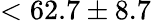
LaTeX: <62.7\pm 8.7